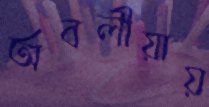
অবলীয়ায়